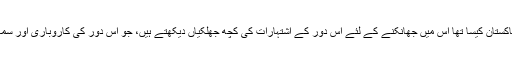
اب دہائیاں بیت گئیں، پاکستان بدل گیا، مگر کل کا پاکستان کیسا تھا اُس میں جھانکنے کے لئے اُس دور کے اشتہارات کی کچھ جھلکیاں دیکھتے ہیں، جو اُس دور کی کاروباری اور سماجی زندگی کا ایک نفسیاتی تاثر بھی پیدا کرتے ہیں۔